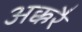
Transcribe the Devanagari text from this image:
अक्करै